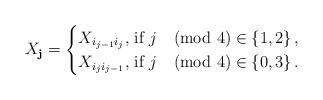
LaTeX: \begin{align*} X_{\mathbf{j}} = \begin{cases} X_{i_{j-1} i_{j}} \textrm{, if } j \pmod{4} \in \{1,2\} \, , \\ X_{i_{j} i_{j-1}} \textrm{, if } j \pmod{4} \in \{0,3\} \, . \end{cases}\end{align*}